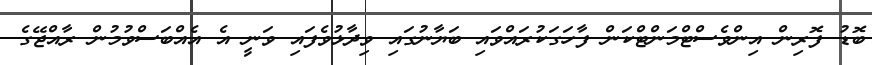
ބޮޑު ފޮރިން އިންވެސްޓްމަންޓްކަން ފާހަގަކުރައްވައި ބަޔާނުގައި ވިދާޅުވެފައި ވަނީ އެ އެއްބަސްވުމުން ރާއްޖޭގެ